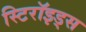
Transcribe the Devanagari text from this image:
स्टिरॉइड्स